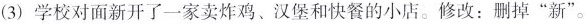
(3)学校对面新开了一家卖炸鸡、汉堡和快餐的小店。修改：删掉”新”。